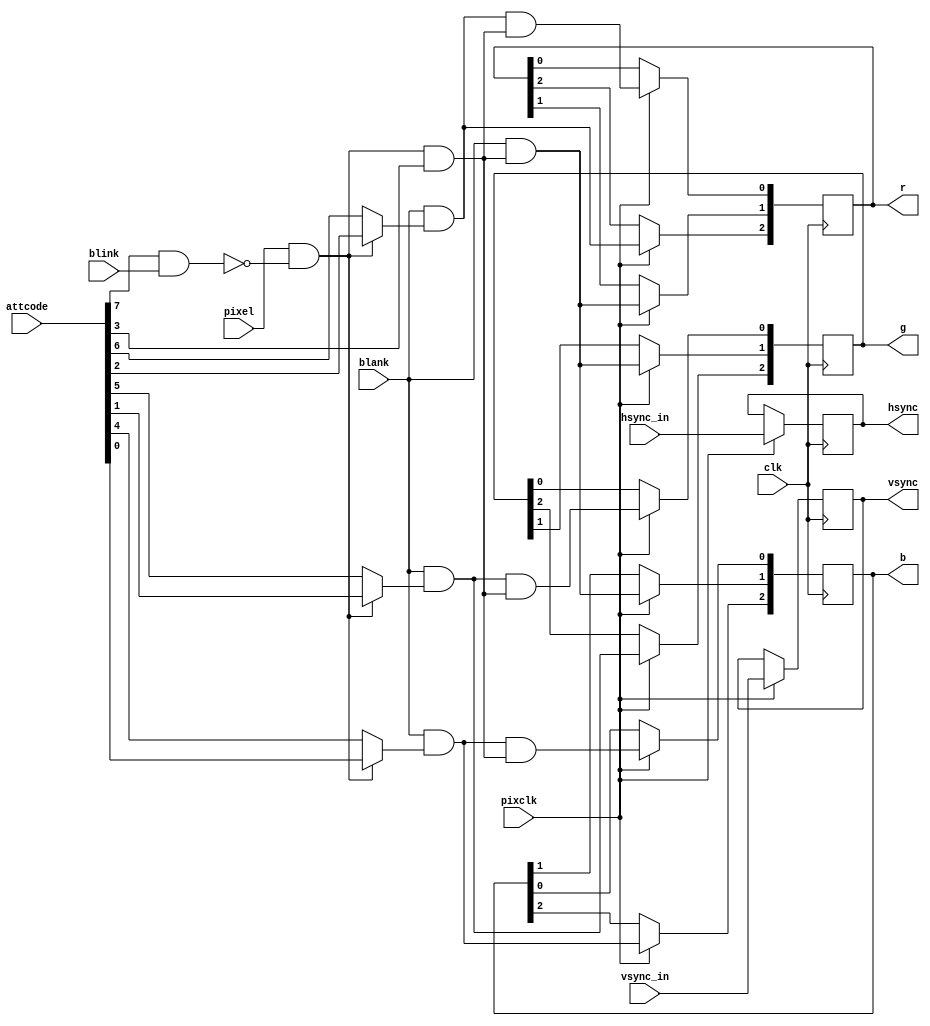
module pixel(clk, pixclk, attcode,
             pixel, blank, hsync_in, vsync_in, blink,
             hsync, vsync, r, g, b);
    input clk;
    input pixclk;
    input [7:0] attcode;
    input pixel;
    input blank;
    input hsync_in;
    input vsync_in;
    input blink;
    output reg hsync;
    output reg vsync;
    output reg [2:0] r;
    output reg [2:0] g;
    output reg [2:0] b;

  wire blink_bit;
  wire bg_red;
  wire bg_green;
  wire bg_blue;
  wire inten_bit;
  wire fg_red;
  wire fg_green;
  wire fg_blue;
  wire foreground;
  wire intensify;
  wire red;
  wire green;
  wire blue;

  assign blink_bit = attcode[7];
  assign bg_red = attcode[6];
  assign bg_green = attcode[5];
  assign bg_blue = attcode[4];
  assign inten_bit = attcode[3];
  assign fg_red = attcode[2];
  assign fg_green = attcode[1];
  assign fg_blue = attcode[0];

  assign foreground = pixel & ~(blink_bit & blink);
  assign intensify = foreground & inten_bit;

  assign red = (foreground ? fg_red : bg_red);
  assign green = (foreground ? fg_green : bg_green);
  assign blue = (foreground ? fg_blue : bg_blue);

  always @(posedge clk) begin
    if (pixclk == 1) begin
      hsync <= hsync_in;
      vsync <= vsync_in;
      r[2] <= blank & red;
      r[1] <= blank & intensify;
      r[0] <= blank & red & intensify;
      g[2] <= blank & green;
      g[1] <= blank & intensify;
      g[0] <= blank & green & intensify;
      b[2] <= blank & blue;
      b[1] <= blank & intensify;
      b[0] <= blank & blue & intensify;
    end
  end

endmodule